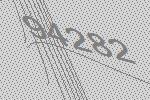
94282